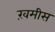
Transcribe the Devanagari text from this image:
ख़मीस